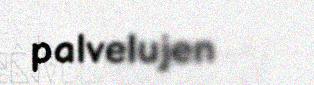
palvelujen